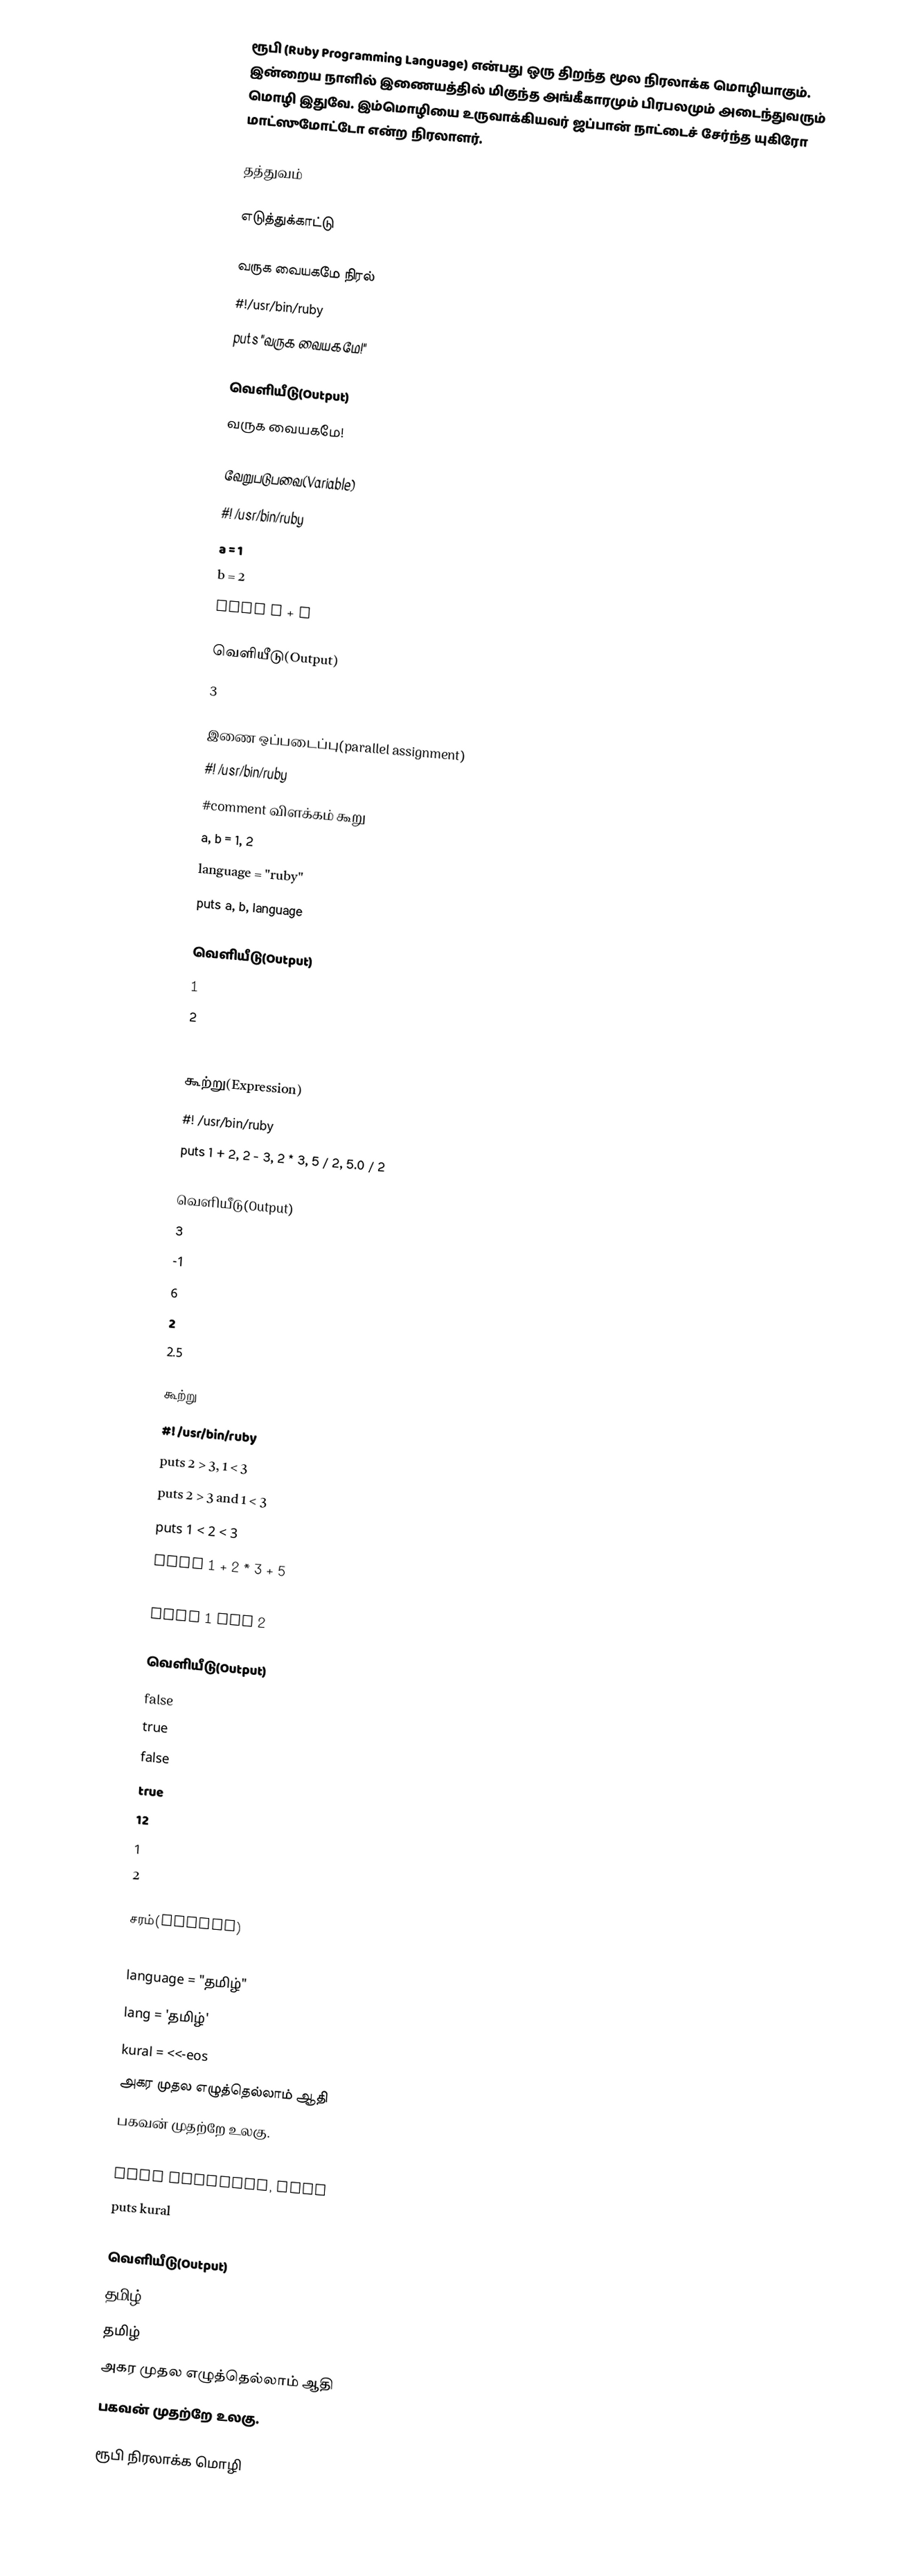
ரூபி (Ruby Programming Language) என்பது ஒரு திறந்த மூல நிரலாக்க மொழியாகும். இன்றைய நாளில் இணையத்தில் மிகுந்த அங்கீகாரமும் பிரபலமும் அடைந்துவரும் மொழி இதுவே. இம்மொழியை உருவாக்கியவர் ஜப்பான் நாட்டைச் சேர்ந்த யுகிரோ மாட்ஸுமோட்டோ என்ற நிரலாளர்.

தத்துவம்

எடுத்துக்காட்டு

வருக வையகமே நிரல்
#!/usr/bin/ruby
puts "வருக வையகமே!"

வெளியீடு(Output)
வருக வையகமே!

வேறுபடுபவை(Variable)
#! /usr/bin/ruby
a = 1
b = 2
puts a + b

வெளியீடு(Output)
3

இணை ஒப்படைப்பு(parallel assignment)
#! /usr/bin/ruby
#comment விளக்கம் கூறு
a, b = 1, 2
language = "ruby"
puts a, b, language

வெளியீடு(Output)
1
2
ruby

கூற்று(Expression)
#! /usr/bin/ruby
puts 1 + 2, 2 - 3, 2 * 3, 5 / 2, 5.0 / 2

வெளியீடு(Output)
3
-1
6
2
2.5

கூற்று
#! /usr/bin/ruby
puts 2 > 3, 1 < 3
puts 2 > 3 and 1 < 3
puts 1 < 2 < 3
puts 1 + 2 * 3 + 5
puts 1 or 2
puts 1 and 2

வெளியீடு(Output)
false
true
false
true
12
1
2

சரம்(String)
#! /usr/bin/ruby
language = "தமிழ்"
lang = 'தமிழ்'
kural = <<-eos
அகர முதல எழுத்தெல்லாம் ஆதி
பகவன் முதற்றே உலகு.
eos
puts language, lang
puts kural

வெளியீடு(Output)
தமிழ்
தமிழ்
அகர முதல எழுத்தெல்லாம் ஆதி
பகவன் முதற்றே உலகு.

ரூபி நிரலாக்க மொழி